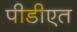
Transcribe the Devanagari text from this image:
पीडीएत